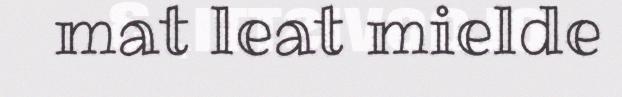
mat leat mielde